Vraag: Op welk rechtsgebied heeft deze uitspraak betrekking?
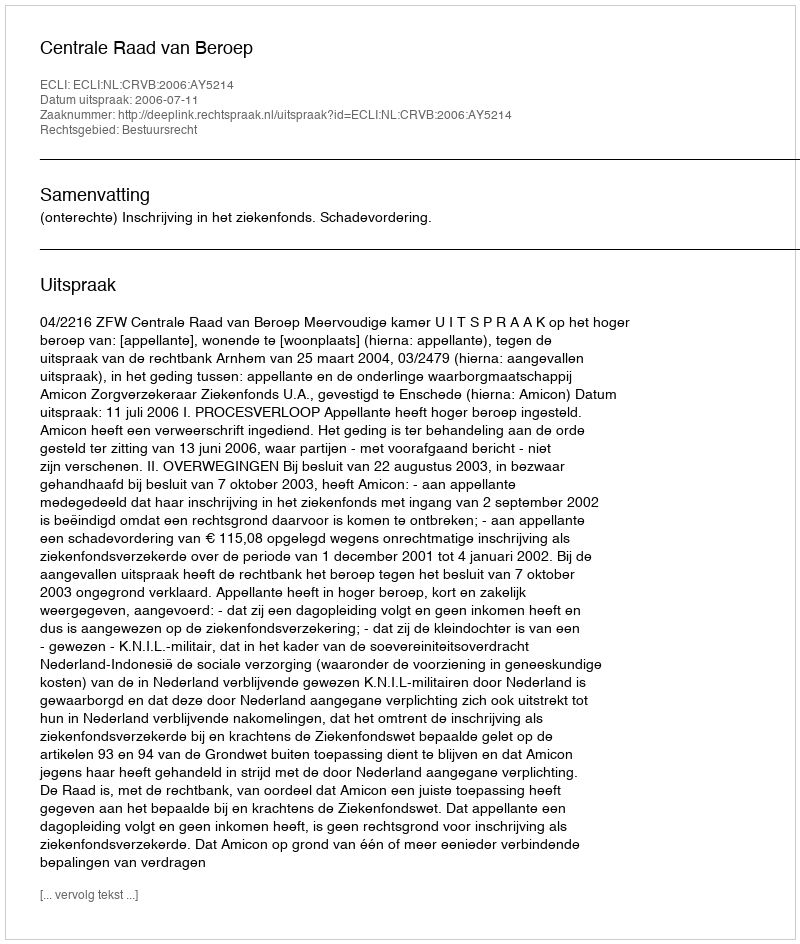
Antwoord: Bestuursrecht